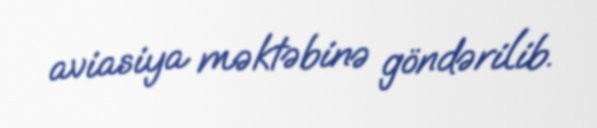
aviasiya məktəbinə göndərilib.